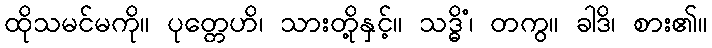
ထိုသမင်မကို။ ပုတ္တေဟိ၊ သားတို့နှင့်။ သဒ္ဓိံ၊ တကွ။ ခါဒိ၊ စား၏။